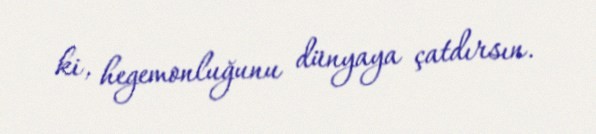
ki, hegemonluğunu dünyaya çatdırsın.